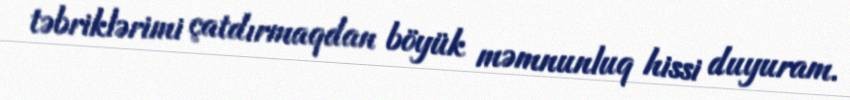
təbriklərimi çatdırmaqdan böyük məmnunluq hissi duyuram.